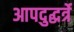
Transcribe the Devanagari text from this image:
आपदुद्धर्त्रे